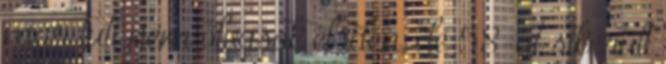
már tuti nem olvasok el idén, de 58-at sikerült